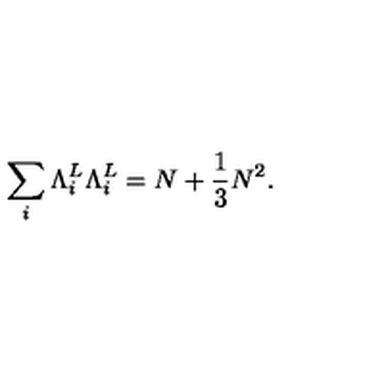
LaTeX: \sum _ { i } { \Lambda } _ { i } ^ { L } { \Lambda } _ { i } ^ { L } = N + \frac { 1 } { 3 } N ^ { 2 } .